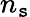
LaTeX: n_{\mathtt{s}}